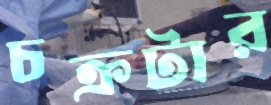
চক্রটার